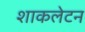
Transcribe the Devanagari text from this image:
शाकलेटन